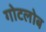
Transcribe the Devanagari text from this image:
गोटलोब